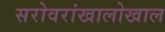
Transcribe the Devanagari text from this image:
सरोवरांखालोखाल